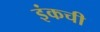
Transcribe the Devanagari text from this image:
इंकची